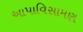
આપાવિસામણ